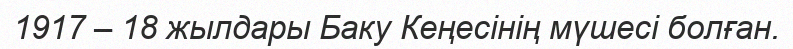
1917 – 18 жылдары Баку Кеңесінің мүшесі болған.